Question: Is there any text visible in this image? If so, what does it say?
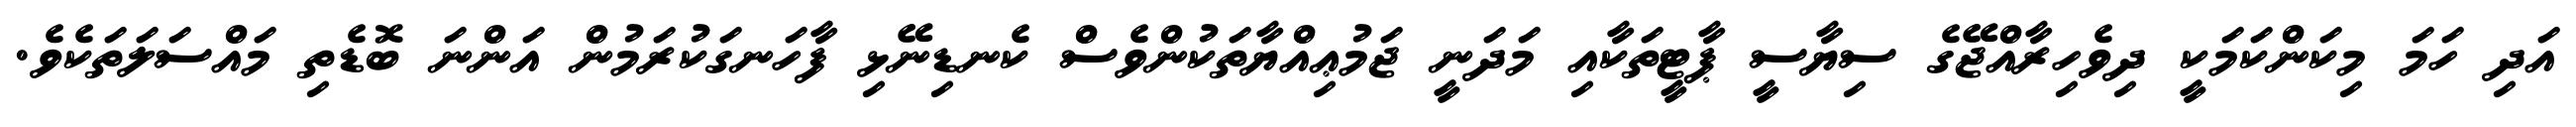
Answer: އަދި ހަމަ މިކަންކަމަކީ ދިވެހިރާއްޖޭގެ ސިޔާސީ ޕާޓީތަކާއި މަދަނީ ޖަމުޢިއްޔާތަކުންވެސް ކެނޑިނޭޅި ފާހަނގަކުރަމުން އަންނަ ބޮޑެތި މައްސަލަތަކެވެ.